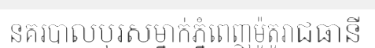
នគរបាលបុរសម្នាក់ភ្នំពេញម៉ូតូរាជធានី